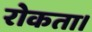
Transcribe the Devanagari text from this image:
रोकता।